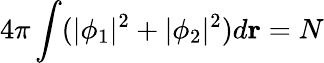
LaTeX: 4\pi\int(|\phi_{1}|^{2}+|\phi_{2}|^{2})d\textbf{r}=N